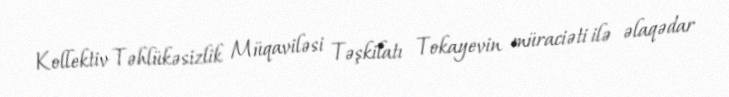
Kollektiv Təhlükəsizlik Müqaviləsi Təşkilatı Tokayevin müraciəti ilə əlaqədar